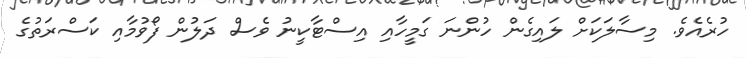
ހުރެއެވެ. މިސާލަކަށް ލައިގެން ހުންނަ ގަމީހާއި އިސްޓާކީނު ވެސް ދަލުން ފޯވުމާއި ކަސްރަތުގެ